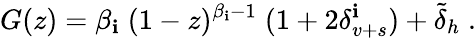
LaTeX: G(z)=\beta_{\mathbf{i}}\; (1-z)^{\beta_{\mathbf{i}}-1}\; (1+2\delta_{v+s}^{\mathbf{i}})+\tilde{{\delta}}_{h}\; .